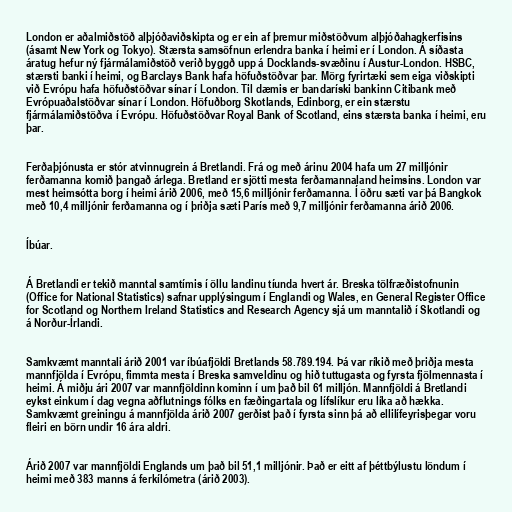
London er aðalmiðstöð alþjóðaviðskipta og er ein af þremur miðstöðvum alþjóðahagkerfisins
(ásamt New York og Tokyo). Stærsta samsöfnun erlendra banka í heimi er í London. Á síðasta
áratug hefur ný fjármálamiðstöð verið byggð upp á Docklands-svæðinu í Austur-London. HSBC,
stærsti banki í heimi, og Barclays Bank hafa höfuðstöðvar þar. Mörg fyrirtæki sem eiga viðskipti
við Evrópu hafa höfuðstöðvar sínar í London. Til dæmis er bandaríski bankinn Citibank með
Evrópuaðalstöðvar sínar í London. Höfuðborg Skotlands, Edinborg, er ein stærstu
fjármálamiðstöðva í Evrópu. Höfuðstöðvar Royal Bank of Scotland, eins stærsta banka í heimi, eru
þar.

Ferðaþjónusta er stór atvinnugrein á Bretlandi. Frá og með árinu 2004 hafa um 27 milljónir
ferðamanna komið þangað árlega. Bretland er sjötti mesta ferðamannaland heimsins. London var
mest heimsótta borg í heimi árið 2006, með 15,6 milljónir ferðamanna. Í öðru sæti var þá Bangkok
með 10,4 milljónir ferðamanna og í þriðja sæti París með 9,7 milljónir ferðamanna árið 2006.

Íbúar.

Á Bretlandi er tekið manntal samtímis í öllu landinu tíunda hvert ár. Breska tölfræðistofnunin
(Office for National Statistics) safnar upplýsingum í Englandi og Wales, en General Register Office
for Scotland og Northern Ireland Statistics and Research Agency sjá um manntalið í Skotlandi og
á Norður-Írlandi.

Samkvæmt manntali árið 2001 var íbúafjöldi Bretlands 58.789.194. Þá var ríkið með þriðja mesta
mannfjölda í Evrópu, fimmta mesta í Breska samveldinu og hið tuttugasta og fyrsta fjölmennasta í
heimi. Á miðju ári 2007 var mannfjöldinn kominn í um það bil 61 milljón. Mannfjöldi á Bretlandi
eykst einkum í dag vegna aðflutnings fólks en fæðingartala og lífslíkur eru líka að hækka.
Samkvæmt greiningu á mannfjölda árið 2007 gerðist það í fyrsta sinn þá að ellilífeyrisþegar voru
fleiri en börn undir 16 ára aldri.

Árið 2007 var mannfjöldi Englands um það bil 51,1 milljónir. Það er eitt af þéttbýlustu löndum í
heimi með 383 manns á ferkílómetra (árið 2003).